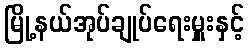
မြို့နယ်အုပ်ချုပ်ရေးမှူးနှင့်